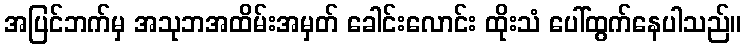
အပြင်ဘက်မှ အသုဘအထိမ်းအမှတ် ခေါင်းလောင်း ထိုးသံ ပေါ်ထွက်နေပါသည်။